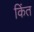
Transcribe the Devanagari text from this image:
किंत